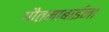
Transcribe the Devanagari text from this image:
गौतमाबाईंना